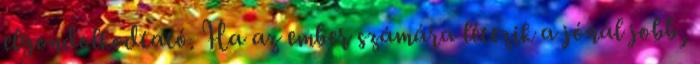
elgondolkodtató. Ha az ember számára létezik a jónál jobb,